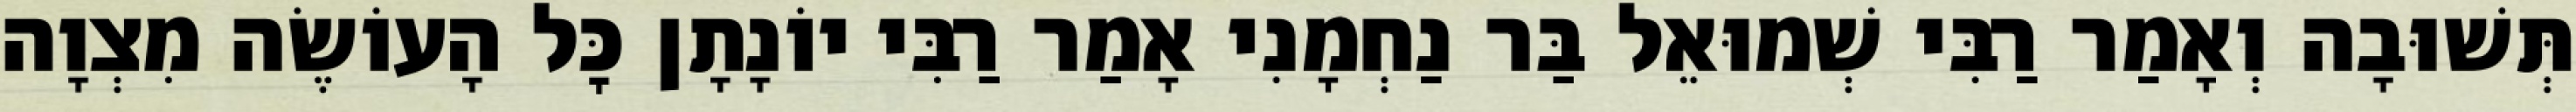
תְּשׁוּבָה וְאָמַר רַבִּי שְׁמוּאֵל בַּר נַחְמָנִי אָמַר רַבִּי יוֹנָתָן כׇּל הָעוֹשֶׂה מִצְוָה